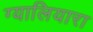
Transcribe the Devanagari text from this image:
ग्यालियारा